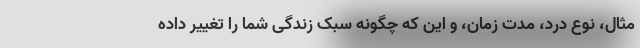
مثال، نوع درد، مدت زمان، و این که چگونه سبک زندگی شما را تغییر داده